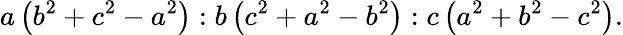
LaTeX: a\left(b^{2}+c^{2}-a^{2}\right):b\left(c^{2}+a^{2}-b^{2}\right):c\left(a^{2}+b^{2}-c^{2}\right).